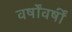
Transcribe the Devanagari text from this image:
वर्षोंवर्षीं